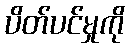
ပိတ်ပင်မှုကို